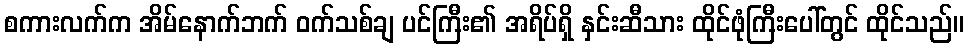
စကားလက်က အိမ်နောက်ဘက် ဝက်သစ်ချ ပင်ကြီး၏ အရိပ်ရှိ နှင်းဆီသား ထိုင်ဖုံကြီးပေါ်တွင် ထိုင်သည်။